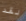
لقد